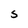
Character: S